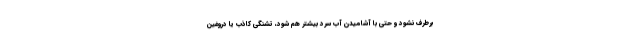
برطرف نشود و حتی با آشامیدن آب سرد بیشتر هم شود، تشنگی کاذب یا دروغین